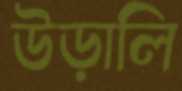
উড়ালি